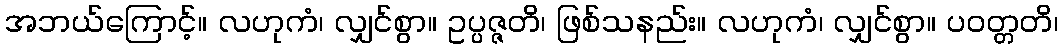
အဘယ်ကြောင့်။ လဟုကံ၊ လျှင်စွာ။ ဥပ္ပဇ္ဇတိ၊ ဖြစ်သနည်း။ လဟုကံ၊ လျှင်စွာ။ ပဝတ္တတိ၊